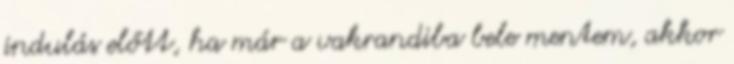
indulás előtt, ha már a vakrandiba bele mentem, akkor